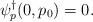
LaTeX: \begin{align*}\psi^\dagger_p(0,p_0) = 0.\end{align*}